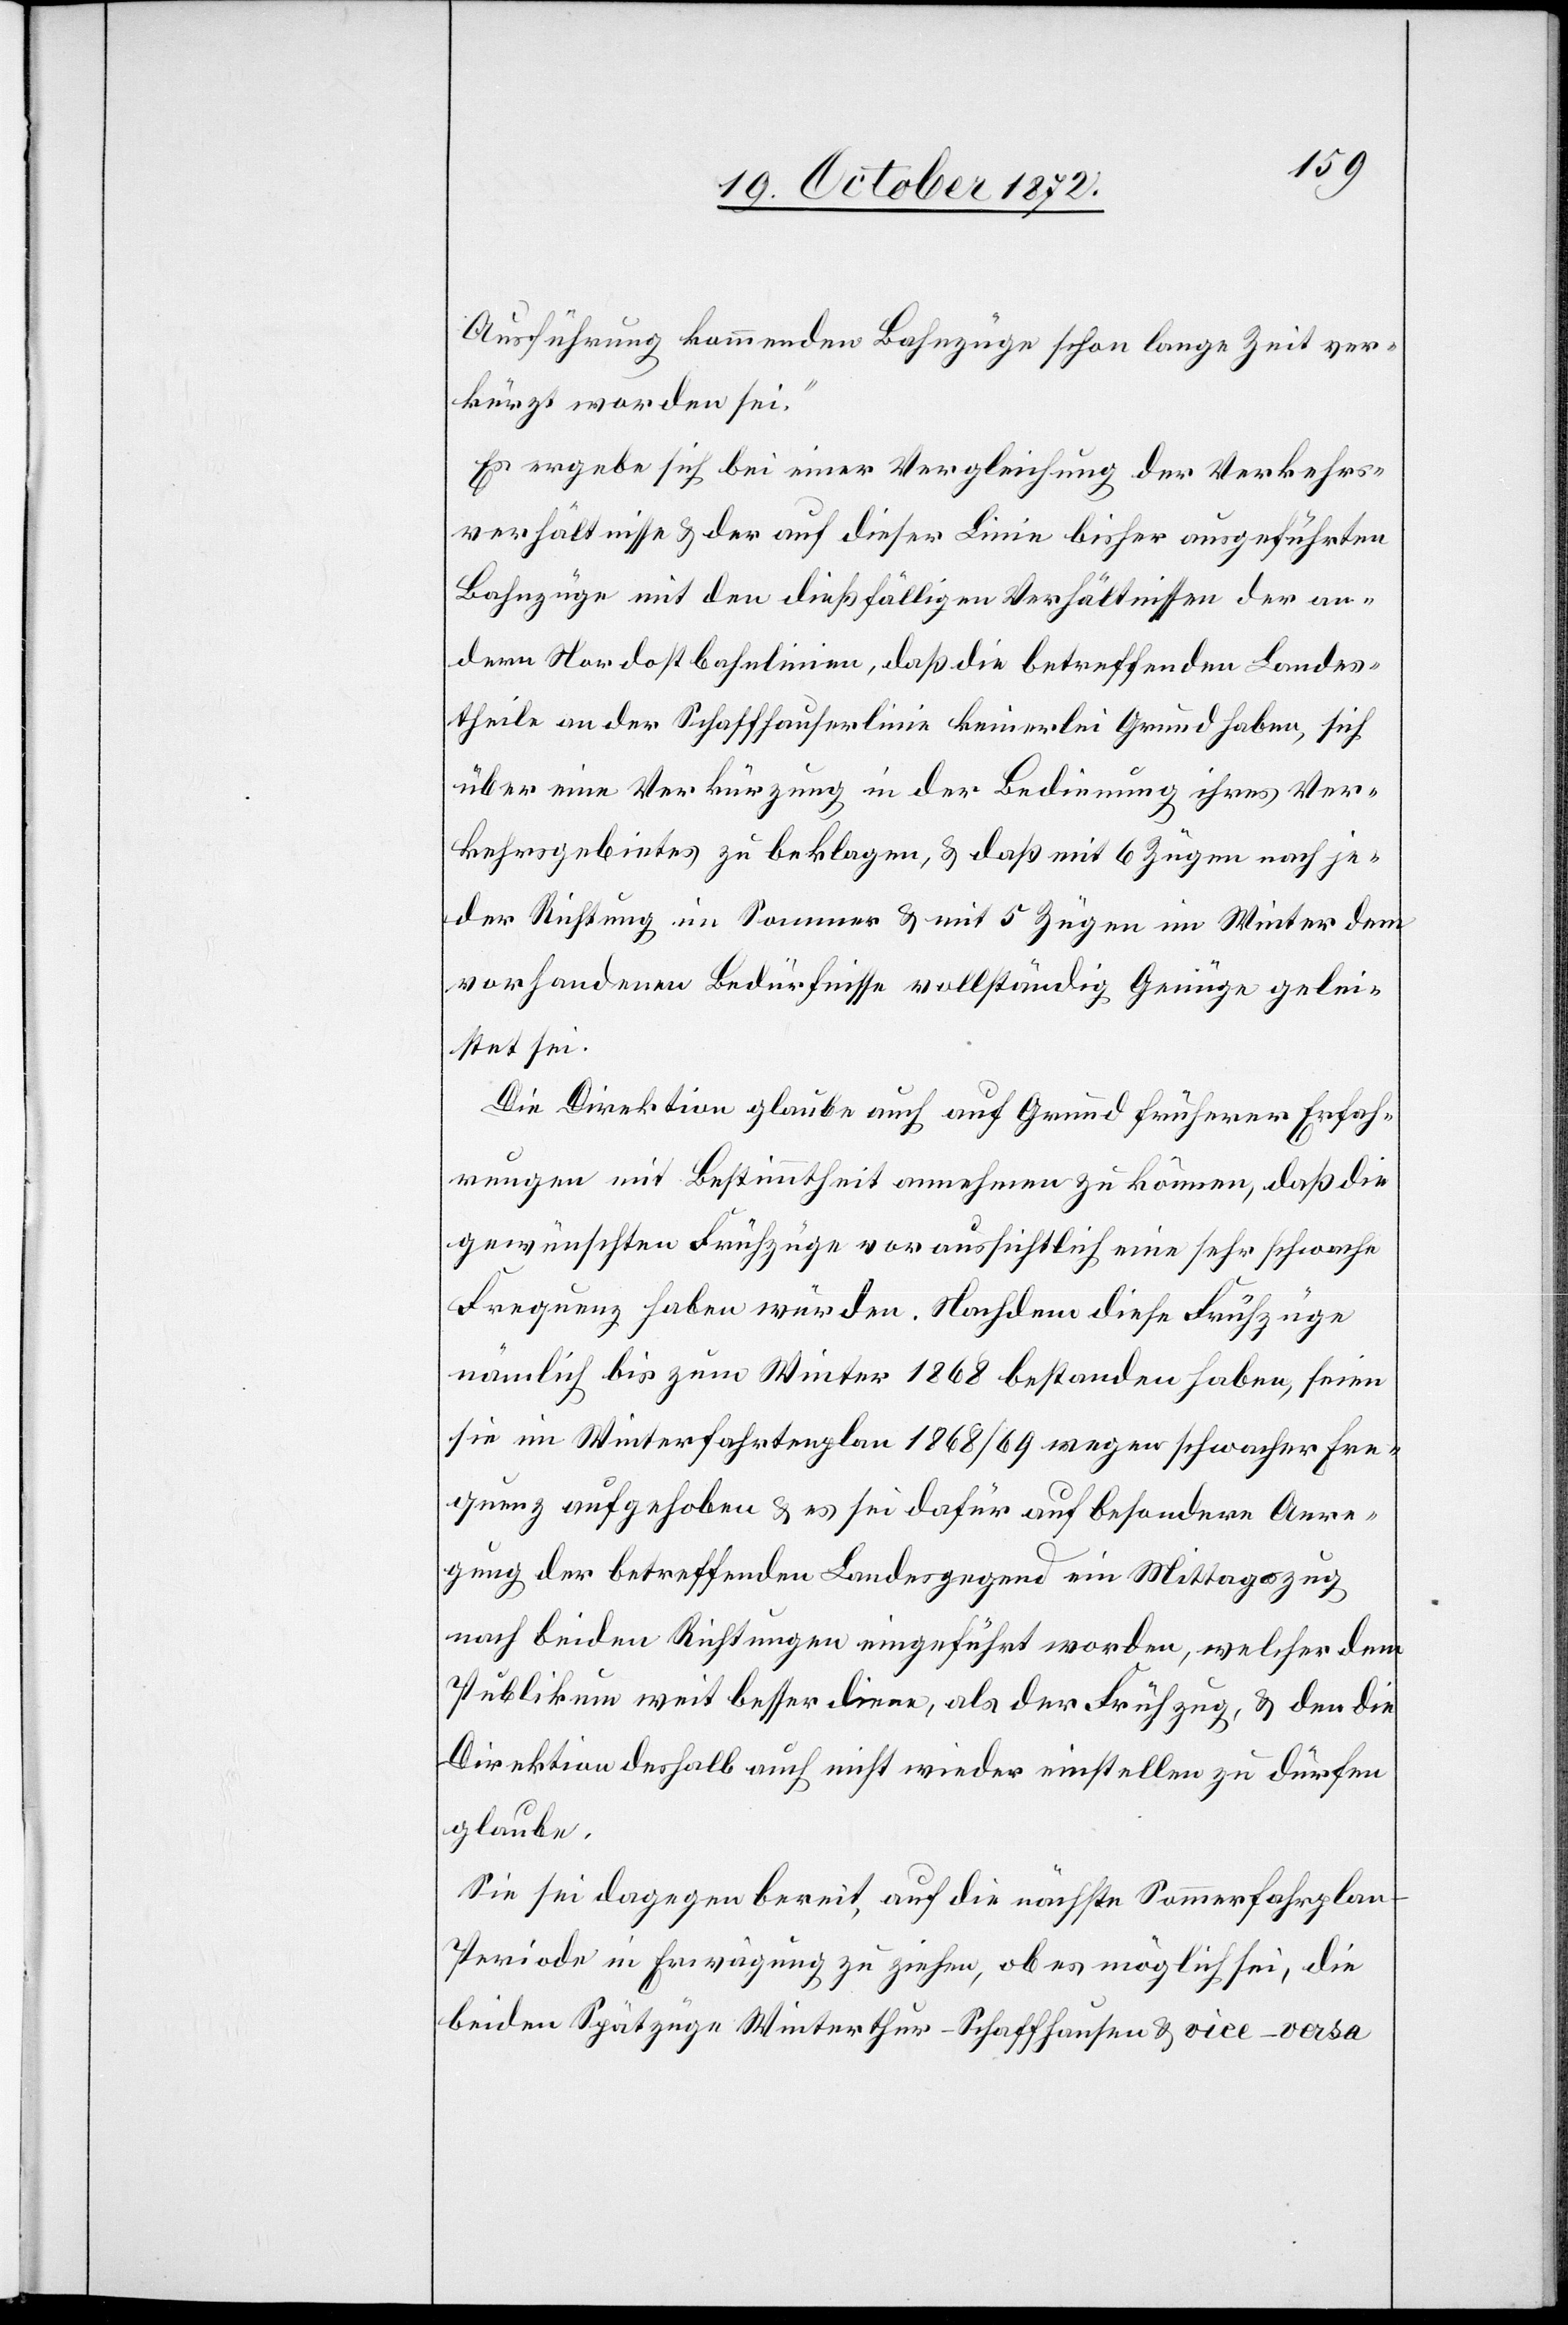
Ausführung kommenden Bahnzüge schon lange Zeit ver¬
kürzt worden sei.“
Es ergebe sich bei einer Vergleichung der Verkehrs¬
verhältnisse u. der auf dieser Linie bisher ausgeführten
Bahnzüge mit den dießfälligen Verhältnissen der an¬
dern Nordostbahnlinien, daß die betreffenden Landes¬
theile an der Schaffhauserlinie keinerlei Grund haben, sich
über eine Verkürzung in der Bedienung ihres Ver¬
kehrsgebietes zu beklagen, u. daß mit 6 Zügen nach je¬
der Richtung im Sommer u. mit 5 Zügen im Winter dem
vorhandenen Bedürfnisse vollständig Genüge gelei¬
stet sei.
Die Direktion glaube auch auf Grund früherer Erfah¬
rungen mit Bestimmtheit annehmen zu können, daß die
gewünschten Frühzüge voraussichtlich eine sehr schwache
Frequenz haben würden. Nachdem diese Frühzüge
nämlich bis zum Winter 1868 bestanden haben, seien
sie im Winterfahrtenplan 1868/69 wegen schwacher Fre¬
quenz aufgehoben u. es sei dafür auf besondere Anre¬
gung der betreffenden Landesgegend ein Mittagszug
nach beiden Richtungen eingeführt worden, welcher dem
Publikum weit besser diene, als der Frühzug, u. den die
Direktion deshalb auch nicht wieder einstellen zu dürfen
glaube.
Sie sei dagegen bereit, auf die nächste Sommerfahrplan-P¬
eriode in Erwägung zu ziehen, ob es möglich sei, die
beiden Spätzüge Winterthur–Schaffhausen u. vice-versa